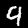
Label: 9